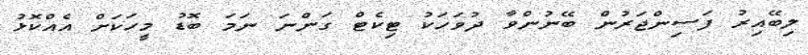
ލިބޭއިރު ފަސިންޖަރުން ބޭނުންވާ ދުވަހަކު ޓިކެޓް ގަންނަ ނަމަ ބޮޑު މީހަކަށް އެއްކޮޅު